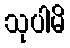
သုပါမိ